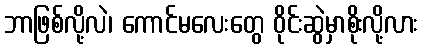
ဘာဖြစ်လို့လဲ၊ ကောင်မလေးတွေ ဝိုင်းဆွဲမှာစိုးလို့လား